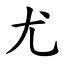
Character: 尤